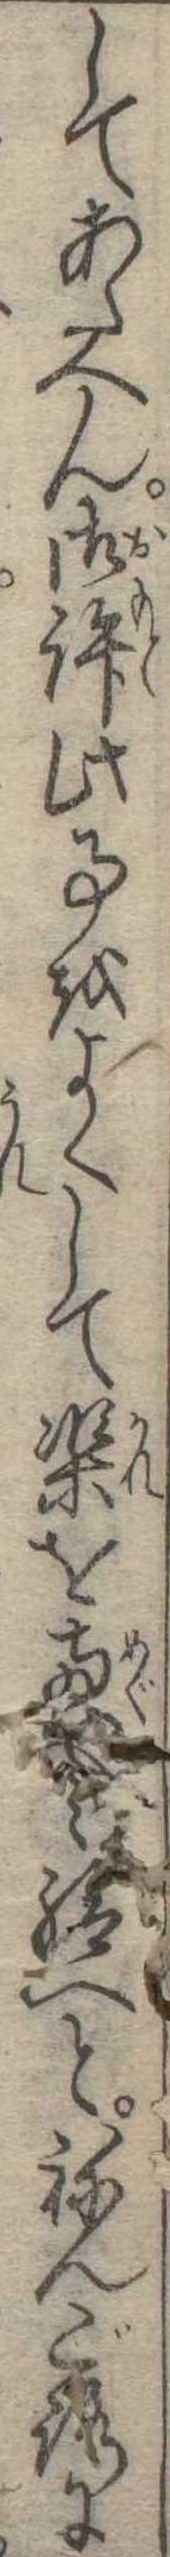
してあたへん御許此事をよくして渠を恵み給へとねんごろに